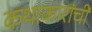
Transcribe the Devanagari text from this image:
कथाकारांची